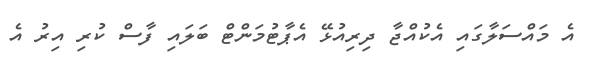
އެ މައްސަލާގައި އެކުއްޖާ ދިރިއުޅޭ އެޕާޓުމަންޓް ބަލައި ފާސް ކުރި އިރު އެ